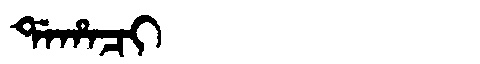
Manchu: ᡩᠠᡥᠠᠴᡳ
Romanization: DAHACI